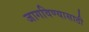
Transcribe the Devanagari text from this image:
जागविण्यासाठी